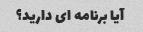
آیا برنامه ای دارید؟